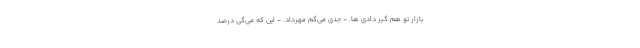
بازار تو هم گیر دادی­ ها. - جدی می­گم مهرداد. - این که می­گی درصد